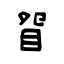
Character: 眢